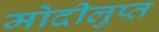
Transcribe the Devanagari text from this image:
मोदीलुप्त